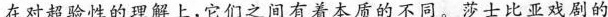
在对超验性的理解上，它们之间有着本质的不同。莎士比亚戏剧的